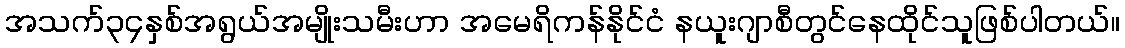
အသက်၃၄နှစ်အရွယ်အမျိုးသမီးဟာ အမေရိကန်နိုင်ငံ နယူးဂျာစီတွင်နေထိုင်သူဖြစ်ပါတယ်။